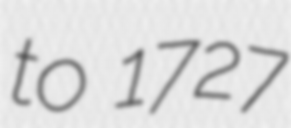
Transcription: to 1727